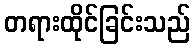
တရားထိုင်ခြင်းသည်